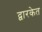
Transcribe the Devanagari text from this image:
द्वारकेत